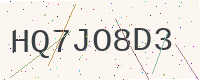
Text: HQ7JO8D3